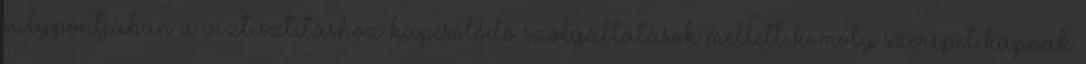
súlypontjában a víztisztításhoz kapcsolódó szolgáltatások mellett komoly szerepet kapnak